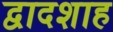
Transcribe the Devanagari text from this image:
द्वादशाह